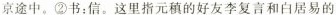
京途中。②书：信。这里指元稹的好友李复言和白居易的